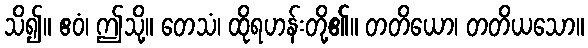
သိ၍။ ဧဝံ၊ ဤသို့။ တေသံ၊ ထိုရဟန်းတို့၏။ တတိယော၊ တတိယသော။